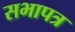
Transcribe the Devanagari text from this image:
सभापत्र